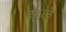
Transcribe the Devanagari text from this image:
ख़ुले